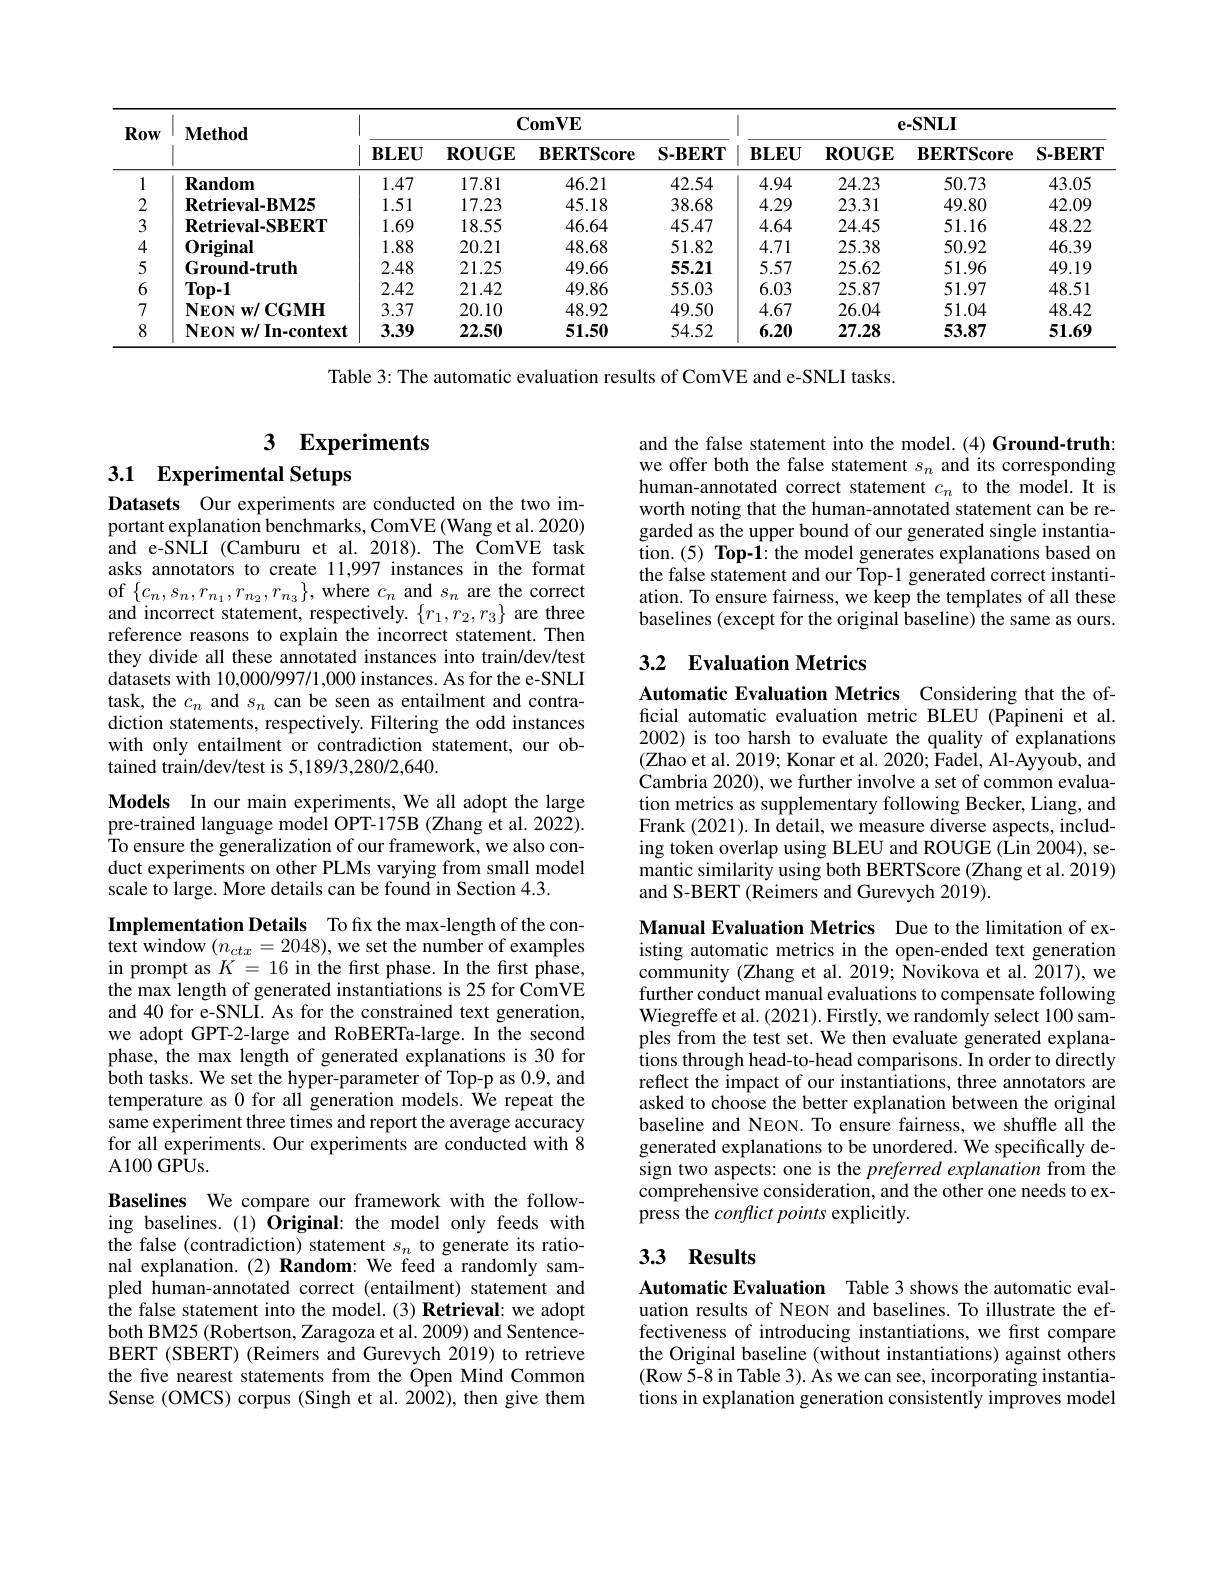
<table>
	<tbody>
		<tr>
			<th rowspan="2">Row</th>
			<th rowspan="2">$\mathbf{Method}$</th>
			<th colspan="4">$\mathbf{ComVE}$</th>
			<th colspan="4">$\mathbf{e-SNLI}$</th>
		</tr>
		<tr>
			<th>$\mathbf{BLEU}$</th>
			<th>$\mathbf{ROUGE}$</th>
			<th>$\mathbf{BERTScore}$</th>
			<th>$\mathbf{S-BERT}$</th>
			<th>$\mathbf{BLEU}$</th>
			<th>$\mathbf{ROUGE}$</th>
			<th>$\mathbf{BERTScore}$</th>
			<th>$\mathbf{S-BERT}$</th>
		</tr>
		<tr>
			<td>1</td>
			<td>$\mathbf{Random}$</td>
			<td>1.47</td>
			<td>17.81</td>
			<td>46.21</td>
			<td>42.54</td>
			<td>4.94</td>
			<td>24.23</td>
			<td>50.73</td>
			<td>43.05</td>
		</tr>
		<tr>
			<td>2</td>
			<td>$\textbf{Retrieval- BM25}$</td>
			<td>1.51</td>
			<td>17.23</td>
			<td>45.18</td>
			<td>38.68</td>
			<td>4.29</td>
			<td>23.31</td>
			<td>49.80</td>
			<td>42.09</td>
		</tr>
		<tr>
			<td>3</td>
			<td>$\mathbf{Retrieval-SB39RI}$</td>
			<td>1.69</td>
			<td>18.55</td>
			<td>46.64</td>
			<td>45.47</td>
			<td>4.64</td>
			<td>24.45</td>
			<td>51.16</td>
			<td>48.22</td>
		</tr>
		<tr>
			<td>4</td>
			<td>0riginal</td>
			<td>1.88</td>
			<td>20.21</td>
			<td>48.68</td>
			<td>51.82</td>
			<td>4.71</td>
			<td>25.38</td>
			<td>50.92</td>
			<td>46.39</td>
		</tr>
		<tr>
			<td>5</td>
			<td>Ground-truth</td>
			<td>2.48</td>
			<td>21.25</td>
			<td>49.66</td>
			<td>55.21</td>
			<td>5.57</td>
			<td>25.62</td>
			<td>51.96</td>
			<td>49.19</td>
		</tr>
		<tr>
			<td>6</td>
			<td>$Top-1$</td>
			<td>2.42</td>
			<td>21.42</td>
			<td>49.86</td>
			<td>55.03</td>
			<td>6.03</td>
			<td>25.87</td>
			<td>51.97</td>
			<td>48.51</td>
		</tr>
		<tr>
			<td>7</td>
			<td>$\mathbf{NEONW/CGMH}$</td>
			<td>3.37</td>
			<td>20.10</td>
			<td>48.92</td>
			<td>49.50</td>
			<td>4.67</td>
			<td>26.04</td>
			<td>51.04</td>
			<td>48.42</td>
		</tr>
		<tr>
			<td>8</td>
			<td>$\mathbf{NEONw/In-context}$</td>
			<td>3.39</td>
			<td>22.50</td>
			<td>51.50</td>
			<td>54.52</td>
			<td>6.20</td>
			<td>27.28</td>
			<td>53.87</td>
			<td>51.69</td>
		</tr>
	</tbody>
</table>

Table 3: The automatic evaluation results of ComVE and e-SNLI tasks.

# 3 Experiments

### 3.1 Experimental Setups

Datasets Our experiments are conducted on the two important explanation benchmarks, ComVE (Wang et al. 2020) and e-SNLI (Camburu et al.2018). The ComVE task asks annotators to create 11,997 instances in the format of $\{c_n,s_n,r_{n_1},r_{n_2},r_{n_3}\}$,where $c_n$ and $s_n$ are the correct and incorrect statement, respectively. $\{r_1,r_2,r_3\}$ are three reference reasons to explain the incorrect statement.Then they divide all these annotated instances into train/dev/test datasets with 10,000/997/1,000 instances. As for the e-SNLI task, the $c_n$ and $s_n$ can be seen as entailment and contradiction statements, respectively. Filtering the odd instances with only entailment or contradiction statement, our obtained train/dev/test is 5,189/3,280/2,640.

Models In our main experiments, We all adopt the large pre-trained language model OPT-175B (Zhang et al. 2022). To ensure the generalization of our framework, we also conduct experiments on other PLMs varying from small model scale to large. More details can be found in Section 4.3.

Implementation Details To fix the max-length of the context window $(n_ctx=2048)$,we set the number of examples in prompt as $K=16$ in the first phase. In the first phase, the max length of generated instantiations is 25 for ComVE and 40 for e-SNLI. As for the constrained text generation, we adopt GPT-2-large and RoBERTa-large. In the second phase, the max length of generated explanations is 30 for $\hat{\text{both tasks. We set the hyper-parameter of Top-p as 0.9, and}}$ temperature as 0 for all generation models. We repeat the same experiment three times and report the average accuracy for all experiments. Our experiments are conducted with 8 A100 GP$\hat{\mathbf{U}}_{\mathbf{s}}.$

Baselines We compare our framework with the following baselines.(1) Original: the model only feeds with the false (contradiction) statement $s_n$ to generate its rational explanation.(2) Random: We feed a randomly sampled human-annotated correct (entailment) statement and $\hat{\text{the false statement into the model.(3)Retrieval: we adopt}}$ both BM25 (Robertson, Zaragoza et al. 2009) and SentenceBERT (SBERT) (Reimers and Gurevych 2019) to retrieve the five nearest statements from the Open Mind Common Sense (OMCS) corpus (Singh et al. 2002), then give them

and the false statement into the model.(4) Ground-truth: we offer both the false statement $s_n$ and its corresponding human-annotated correct statement $c_n$ to the model. It is worth noting that the human-annotated statement can be regarded as the upper bound of our generated single instantiation.(5) Top-1: the model generates explanations based on the false statement and our Top-1 generated correct instantiation. To ensure fairness, we keep the templates of all these baselines (except for the original baseline) the same as ours.

## 3.2 Evaluation Metrics

Automatic Evaluation Metrics Considering that the official automatic evaluation metric BLEU (Papineni et al. 2002) is too harsh to evaluate the quality of explanations (Zhao et al. 2019; Konar et al. 2020; $\hat\text{Fadei, Al-Ayyoub, and}$ Cambria 2020), we further involve a set of common evaluation metrics as supplementary following Becker, Liang, and Frank (2021). In detail, we measure diverse aspects, including token overlap using BLEU and ROUGE (Lin 2004), semantic similarity using both BERTScore (Zhang et al. 2019) and S-BERT (Reimers and Gurevych 2019).

Manual Evaluation Metrics Due to the limitation of existing automatic metrics in the open-ended text generation community (Zhang et al. 2019; Novikova et al. 2017), we further conduct manual evaluations to compensate following Wiegreffe et al. (2021). Firstly, we randomly select 100 samples from the test set. We then evaluate generated explanations through head-to-head comparisons. In order to directly reflect the impact of our instantiations, three annotators are asked to choose the better explanation between the original baseline and NEON. To ensure fairness, we shuffle all the generated explanations to be unordered. We specifically design two aspects: one is the preferred explanation from the comprehensive consideration, and the other one needs to express the conflict points explicitly.

## 3.3 Results

Automatic Evaluation Table 3 shows the automatic evaluation results of NEON and baselines. To illustrate the effectiveness of introducing instantiations, we first compare the Original baseline (without instantiations) against others (Row 5-8 in Table 3). As we can see, incorporating instantiations in explanation generation consistently improves model